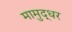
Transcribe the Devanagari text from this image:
मामुद्धर